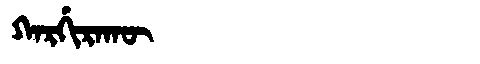
Manchu: ᡴᠠᡵᡤᡳᡵᠠᡴᡡ
Romanization: KARGIRAKŪ